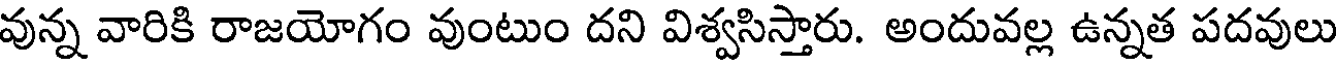
వున్న వారికి రాజయోగం వుంటుం దని విశ్వసిస్తారు. అందువల్ల ఉన్నత పదవులు